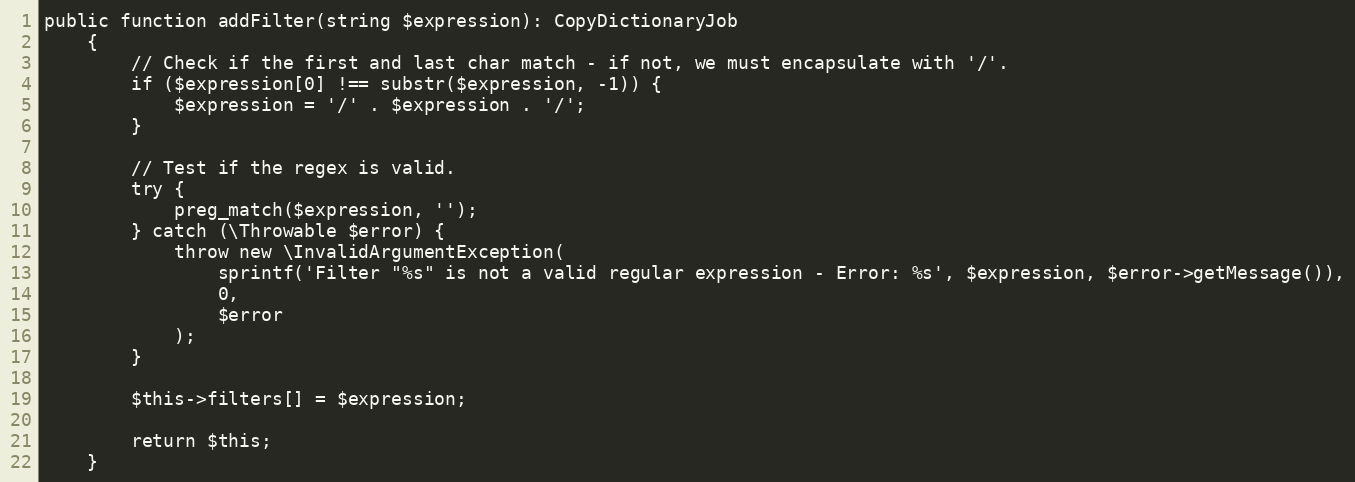
Language: PHP
public function addFilter(string $expression): CopyDictionaryJob
    {
        // Check if the first and last char match - if not, we must encapsulate with '/'.
        if ($expression[0] !== substr($expression, -1)) {
            $expression = '/' . $expression . '/';
        }

        // Test if the regex is valid.
        try {
            preg_match($expression, '');
        } catch (\Throwable $error) {
            throw new \InvalidArgumentException(
                sprintf('Filter "%s" is not a valid regular expression - Error: %s', $expression, $error->getMessage()),
                0,
                $error
            );
        }

        $this->filters[] = $expression;

        return $this;
    }